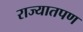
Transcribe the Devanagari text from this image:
राज्यातपण